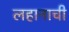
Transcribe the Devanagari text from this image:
लहानाची